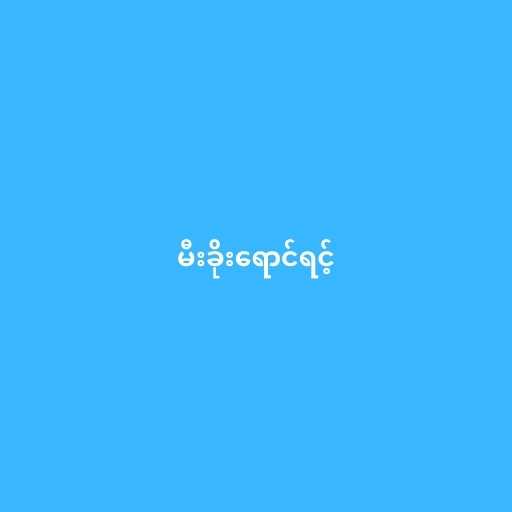
မီးခိုးရောင်ရင့်